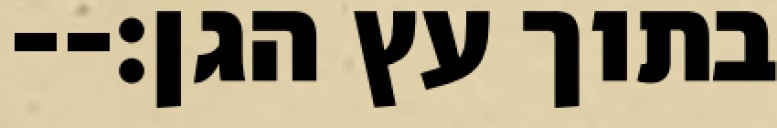
בתוך עץ הגן׃--